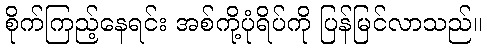
စိုက်ကြည့်နေရင်း အစ်ကို့ပုံရိပ်ကို ပြန်မြင်လာသည်။